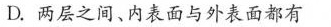
D.两层之间、内表面与外表面都有